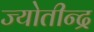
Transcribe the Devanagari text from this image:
ज्योतीन्द्र